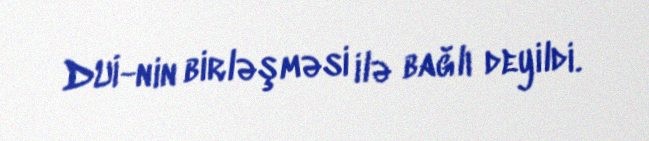
DUİ-nin birləşməsi ilə bağlı deyildi.